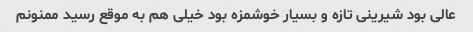
عالی بود شیرینی تازه و بسیار خوشمزه بود خیلی هم به موقع رسید ممنونم